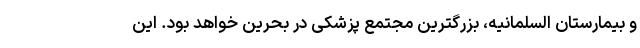
و بیمارستان السلمانیه، بزرگترین مجتمع پزشکی در بحرین خواهد بود. این